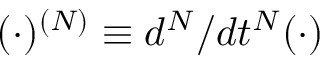
( \cdot ) ^ { ( N ) } \equiv d ^ { N } / d t ^ { N } ( \cdot )